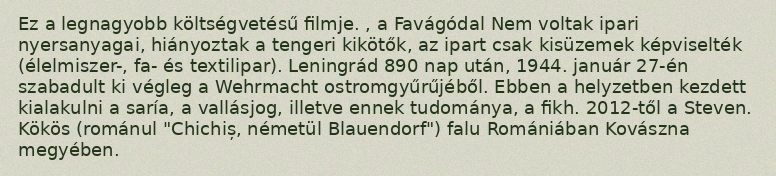
Ez a legnagyobb költségvetésű filmje. , a Favágódal Nem voltak ipari nyersanyagai, hiányoztak a tengeri kikötők, az ipart csak kisüzemek képviselték (élelmiszer-, fa- és textilipar). Leningrád 890 nap után, 1944. január 27-én szabadult ki végleg a Wehrmacht ostromgyűrűjéből. Ebben a helyzetben kezdett kialakulni a saría, a vallásjog, illetve ennek tudománya, a fikh. 2012-től a Steven. Kökös (románul "Chichiș, németül Blauendorf") falu Romániában Kovászna megyében.